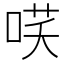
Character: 𭈎